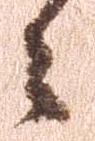
々